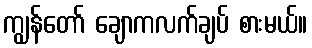
ကျွန်တော် ချောကလက်ချပ် စားမယ်။